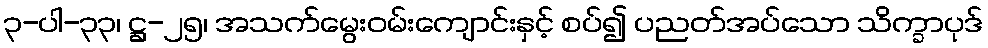
၃-ပါ-၃၃၊ ဋ္ဌ-၂၅၊ အသက်မွေးဝမ်းကျောင်းနှင့် စပ်၍ ပညတ်အပ်သော သိက္ခာပုဒ်